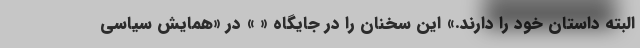
البته داستان خود را دارند.» این سخنان را در جایگاه « » در «همایش سیاسی